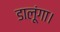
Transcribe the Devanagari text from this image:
डालूंगा।